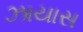
ઝાયાસ